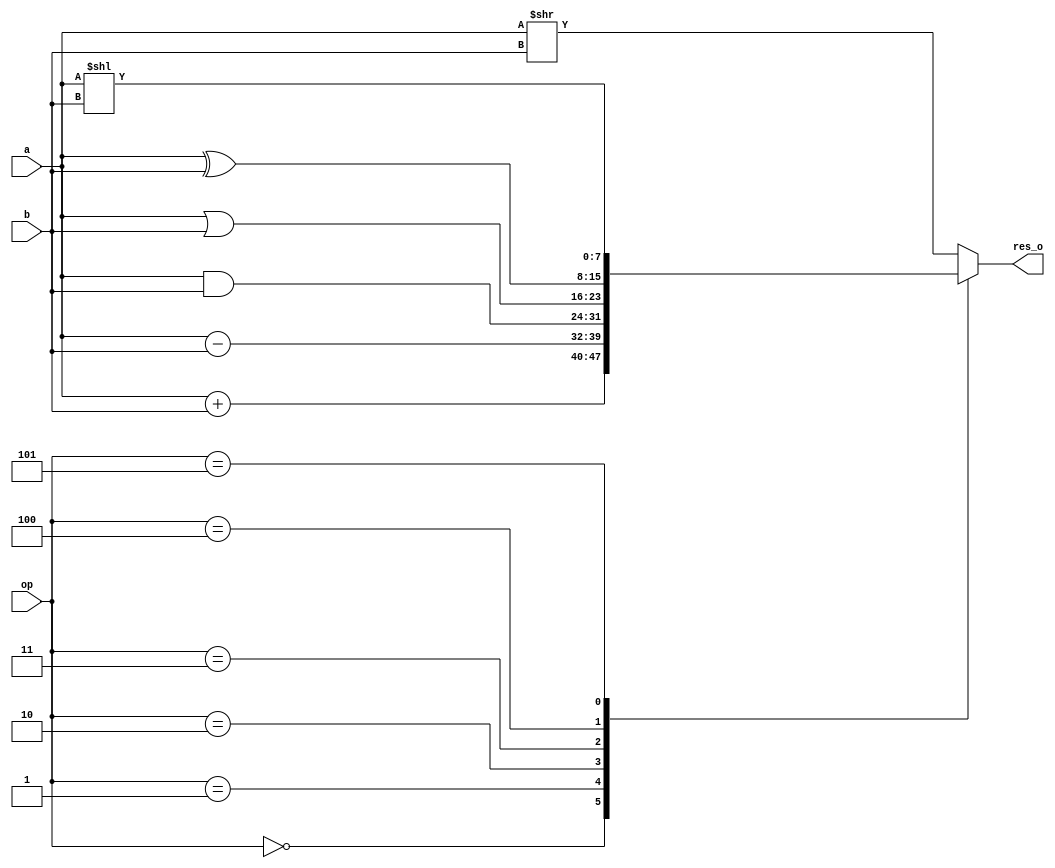
`timescale 1ns/1ps
module alu (a,b,op,res_o);
    input wire [7:0] a;
    input wire [7:0] b;
    input wire  [2:0] op;
    output reg [7:0] res_o;
    always @ (op)
    begin
        case(op)
    3'b000: begin
        res_o=a+b;
    end
    3'b001 :begin
        res_o=a-b;
    end
    3'b010 :begin
        res_o=a&b;
    end
    3'b011 :begin
        res_o=a|b;end
    3'b100 :begin
        res_o=a^b;end
    3'b101 :begin
        res_o=a<<b;end
    3'b110 :begin
        res_o=a>>b;end
    default: begin
    res_o=a>>b;
    end
    endcase
    end
endmodule